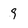
Character: 9